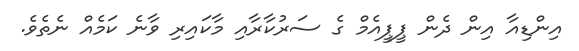
އިންޑިއާ އިން ދެން ޕީޕީއެމް ގެ ސަރުކާރާއި މާކައިރި ވާނެ ކަމެެއް ނެތެވެ.